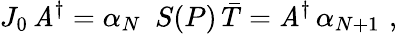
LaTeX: J_{0}\, \mathit{A}^{\dagger}=\alpha_{N}\, \, \, S(P)\, \bar{{T}}=\mathit{A}^{\dagger}\, \alpha_{N+1}\, \, ,